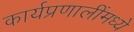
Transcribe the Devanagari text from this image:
कार्यप्रणालींमध्ये